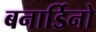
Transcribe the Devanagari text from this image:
बनार्डिनो